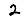
Digit: 2